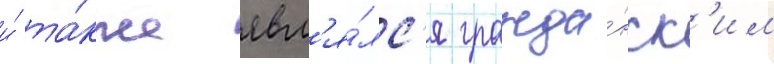
и́ та́кже явл'я́лс'я гражда́нск'им